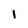
Character: 1